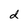
Character: d